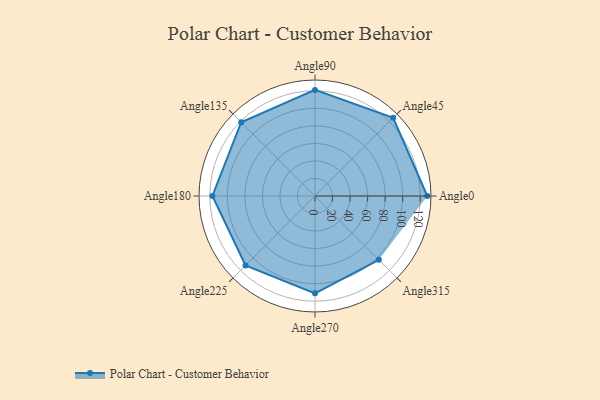
{"axis": {"x": "Angle", "y": "Radius"}, "legend": [""], "data": [{"x": "Angle0", "y": 128.0, "type": ""}, {"x": "Angle45", "y": 126.0, "type": ""}, {"x": "Angle90", "y": 121.0, "type": ""}, {"x": "Angle135", "y": 119.0, "type": ""}, {"x": "Angle180", "y": 117.0, "type": ""}, {"x": "Angle225", "y": 112.0, "type": ""}, {"x": "Angle270", "y": 111.0, "type": ""}, {"x": "Angle315", "y": 103.0, "type": ""}]}